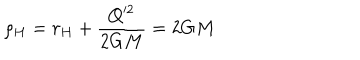
\rho _ { H } = r _ { H } + \frac { Q ^ { 2 } } { 2 G M } = 2 G M